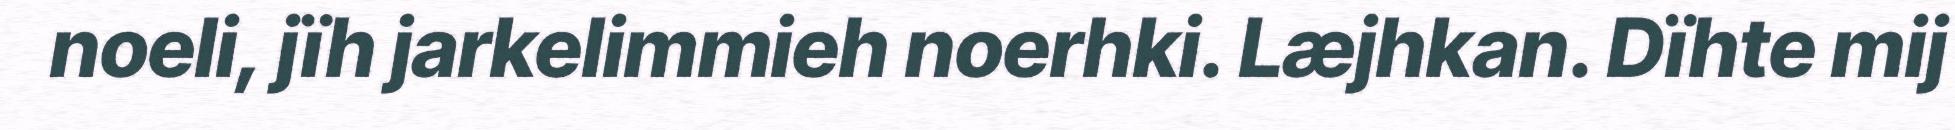
noeli, jïh jarkelimmieh noerhki. Læjhkan. Dïhte mij